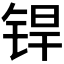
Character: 𬭍